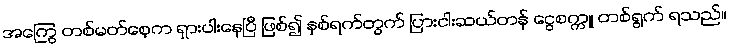
အကြွေ တစ်မတ်စေ့က ရှားပါးနေပြီ ဖြစ်၍ နှစ်ရက်တွက် ပြားငါးဆယ်တန် ငွေစက္ကူ တစ်ရွက် ရသည်။